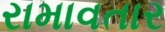
રામાવતાર